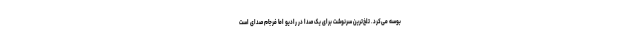
بوسه می‌کرد. تلخ‌ترین سرنوشت برای یک صدا در رادیو اما فرجام صدای است